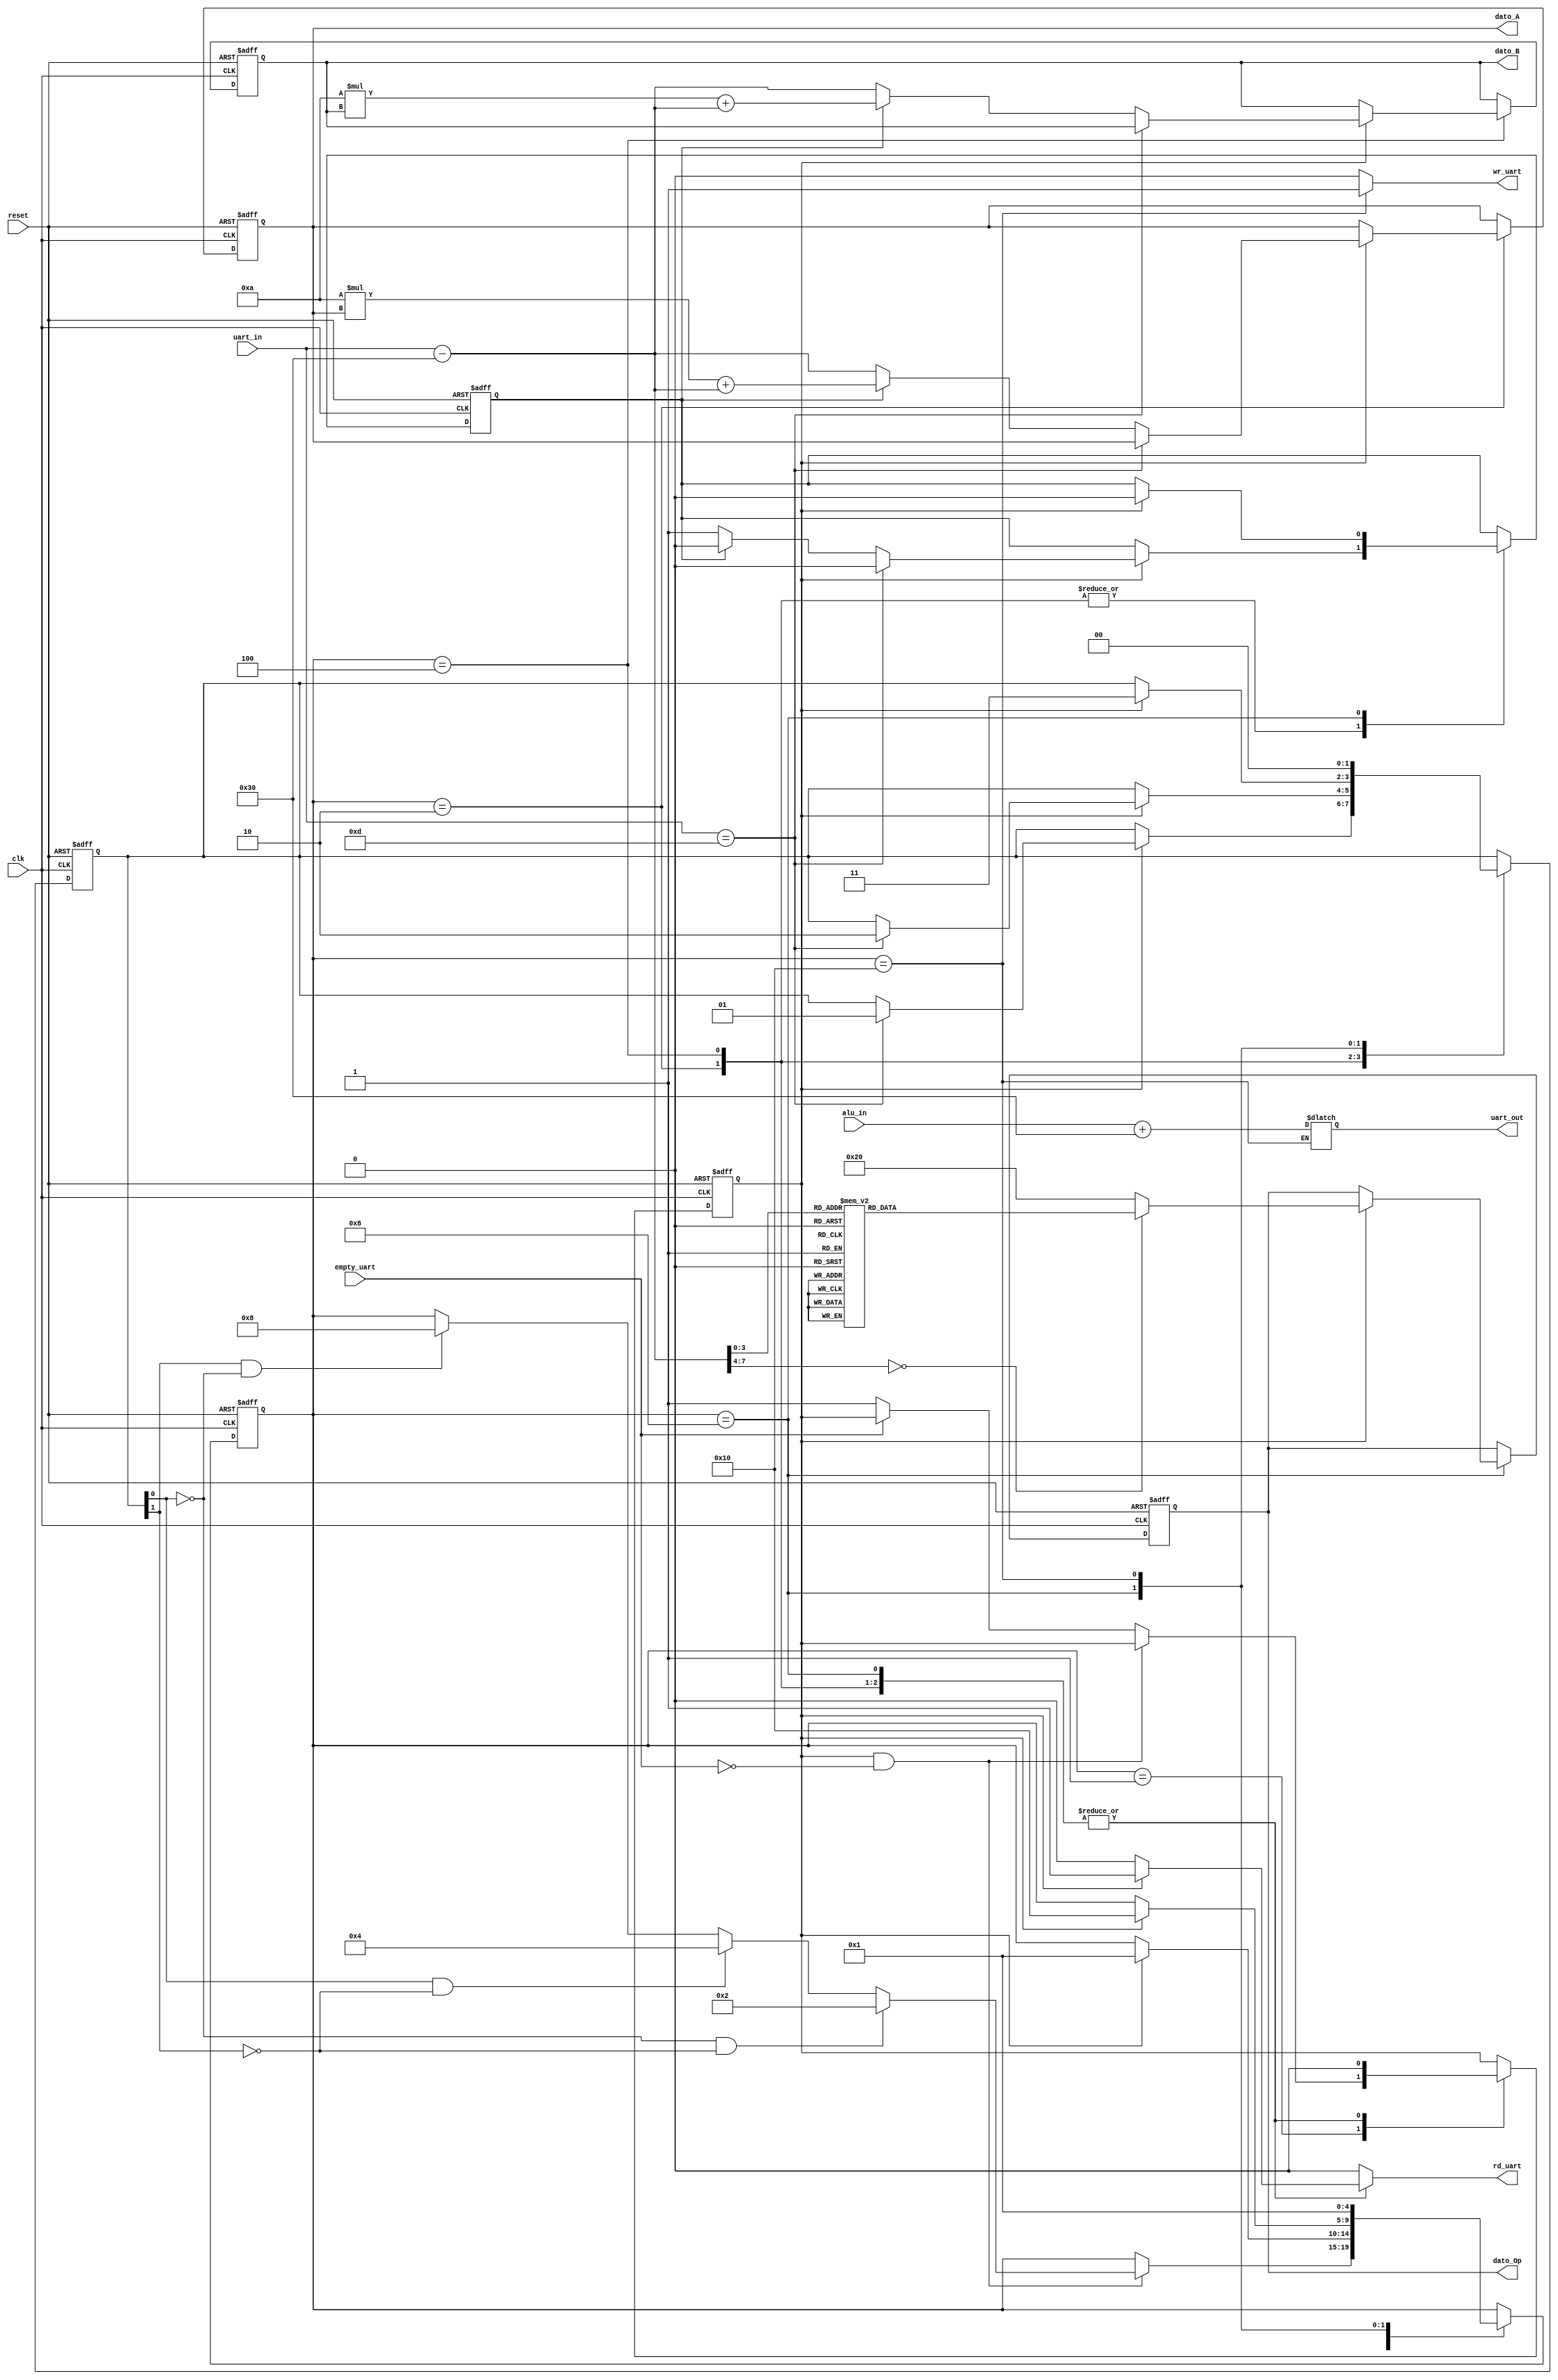
`timescale 1ns / 1ps
//////////////////////////////////////////////////////////////////////////////////
// Company: 
// Engineer: 
// 
// Design Name: 
// Module Name:    intf_v2 
// Project Name: 
// Target Devices: 
// Tool versions: 
// Description: 
//
// Dependencies: 
//
// Revision: 
// Revision 0.01 - File Created
// Additional Comments: 
//
//////////////////////////////////////////////////////////////////////////////////
module intf_v2
#(parameter N = 8) // N: numero de bits de datos
(clk, reset, dato_A, dato_B, dato_Op, empty_uart, uart_in, alu_in,
 uart_out, rd_uart, wr_uart);
	// Entradas intf
	//input wire [3:0] buff_in; // buffer de entrada vinculado a la FPGA y asociado a cada estado de carga de valores en manejador_ALU
	input wire empty_uart; // bandera empty de uart como entrada
	input wire [N-1:0] uart_in;
	input wire [N-1:0] alu_in;
	input wire clk, reset; // clk: clock de FPGA - reset: seal para resetear FSM
	//input wire s_tick_clk; // s_tick_clk: clock de baud rate gen.
	
	// Salidas intf
	output reg [N-1:0] dato_A, dato_B;
	output reg [5:0] dato_Op;
	output wire [N-1:0] uart_out;
	//output reg [N-1:0] alu_out;
	//output reg [2:0] pulsador; // pulsador que controlara p_abc de manejador_ALU segun estado de intf
	output reg rd_uart=0, wr_uart=0;
	 
	// Declaracion de estados
   localparam [4:0]
      idle = 5'b00001, // estado de espera para cambio de estado
		operando_a = 5'b00010,// estado para almacenar recepcion de UART en dato_A de manejador_ALU
      operando_b = 5'b00100,// estado para almacenar recepcion de UART en dato_B de manejador_ALU
      operacion  = 5'b01000,// estado para almacenar recepcion de UART en operacion de manejador_ALU
      resultado  = 5'b10000;// estado para avisar resultado a transmitir por UART

   // Declaracion de seales con inicializacion en cada una
   reg [4:0] state, state_next=idle;// estados de 4 bits
	reg [3:0] s_reg, s_next=0; //s_reg: Tick counter -> cuenta los ticks desde el inicio, maxima cuenta 15(4 bits)
	//reg [2:0] p_next = 0; // siguiente pulsador
	reg [N-1:0] dato_A_next=0, dato_B_next=0;
	reg [5:0] dato_Op_next = 6'b10000;
	reg enable, enable_next = 1'b1; // bit de habilitacion para cargar dato
	reg [1:0] turn, turn_next = 0; 	// turno de carga de estados
												// si turn = 00 -> se carga A
												// si turn = 01 -> se carga B
												// si turn = 10 -> se carga Op
	reg [N-1:0] reg_uart_out = 52;
	reg [N-1:0] entrada_op = 1;
	
	reg detector, detector_next = 0;
	reg [N-1:0] aux;
	reg [7:0] i, j;
	reg flag = 0;

   // Estados de la FSM
   always @(posedge clk, posedge reset)
      if (reset)
         begin
            state <= idle;
				s_reg <= 1'b0;
				turn  <= 2'b00;
				dato_A <= 0;
				dato_B <= 0;
				dato_Op <= 6'b10000;
				enable <= 1'b1;
				detector <= 1'b0;
				//wr_uart <= 0;
				//rd_uart <= 0;
         end
      else
         begin
            state <= state_next;
				s_reg <= s_next;
				turn <= turn_next;
				dato_A <= dato_A_next;
				dato_B <= dato_B_next;
				dato_Op <= dato_Op_next;
				enable <= enable_next;
				detector <= detector_next;
         end

   // Logica de siguiente estado
   always @*
   begin
		// default: por defecto se mantienen los valores anteriores
      state_next = state;
      s_next = s_reg;
		dato_A_next = dato_A;
		dato_B_next = dato_B;
		dato_Op_next = dato_Op;
		enable_next = enable;
		turn_next = turn;
		rd_uart = 1'b0; // recepcion no leida
		wr_uart = 1'b0; // no realizar transmision
		detector_next= detector;
      case (state)
         idle:
				begin
				s_next = 0; // tick counter inicia en cero
            if(enable && ~empty_uart)
					begin
						if(turn[0]==0 && turn[1]==0)
							state_next = operando_a; // estado sig -> carga de operando_a
					
						else if(turn[0] && turn[1]==0)
							state_next = operando_b; // estado sig -> carga de operando_b
						
						else if(turn[1] && ~turn[0])
							state_next = operacion; // estado sig -> carga de operacion
						
						
					end
					
					else begin
						if(~empty_uart)
							enable_next = 1'b1; // se habilita bit para cargar nuevo dato
							end
				end
         
			operando_a:
			begin
				if(enable)
				begin
					if(uart_in == 13) // si entrada es un enter
					begin
						detector_next = 1'b0;
						turn_next = 2'b01; // se cambia turno para carga de B en proxima subida de empty_uart
					end
					else begin
						if(detector) begin
							dato_A_next = (10* dato_A) + (uart_in -48);
							detector_next = 1'b0;
						end
						
						else begin
							dato_A_next = uart_in - 48;// -48
							detector_next = 1'b1;
						end
					end
					rd_uart = 1'b1; // aviso a uart de recepcion leida
					enable_next = 1'b0; // se deshabilita carga hasta que se vacie nuevamente fifo
					state_next = idle;// estado sig -> se vuelve a idle
            end
			end
				
         
			operando_b:
			begin
				if(enable)
				begin
					if(uart_in == 13) // si entrada es un enter
					begin
						detector_next = 1'b0;
						turn_next = 2'b10; // se cambia turno para carga de Op en proxima subida de empty_uart
					end
					else begin
						if(detector) begin
							dato_B_next = (10* dato_B) + (uart_in -48);
							detector_next = 1'b0;
						end
						
						else begin
							dato_B_next = uart_in - 48;// -48
							detector_next = 1'b1;
						end
					end
					rd_uart = 1'b1; // aviso a uart de recepcion leida
					enable_next = 1'b0; // se deshabilita carga hasta que se vacie nuevamente fifo
					state_next = idle;// estado sig -> se vuelve a idle
            end
			end
			
			operacion:
			begin
				if(enable)
				begin
					//dato_Op_next = uart_in[5:0] - 48; // -cte para obtener Op
					entrada_op = uart_in - 48; // -48
					case (entrada_op)
						1: dato_Op_next = 6'b100000; // op suma
						2: dato_Op_next = 6'b100010; // op resta
						3: dato_Op_next = 6'b100100; // op AND
						4: dato_Op_next = 6'b100101; // op OR
						5: dato_Op_next = 6'b100110; // op XOR
						6: dato_Op_next = 6'b000011; // op SRA
						7: dato_Op_next = 6'b000010; // op SRL
						8: dato_Op_next = 6'b100111; // op NOR
						default: dato_Op_next = 6'b100000; // op suma
					endcase
					
				detector_next = 1'b0; // se reinicia detector de decenas a unidades (0)
				turn_next = 2'b11; // se cambia turno para carga de A en proxima subida de empty_uart
				rd_uart = 1'b1; // aviso a uart de recepcion leida
				enable_next = 1'b0; // se deshabilita carga hasta que se vacie nuevamente fifo
				i = 0;
				j = 0;
				aux = alu_in;
				state_next = resultado;// estado sig -> resultado para enviar resultado por uart
				end
			end
			
			resultado:
			begin
					/*if(aux >= 100)
					begin
						aux = aux - 100;
						i = i + 1;
					end
					
					if(aux >= 10)
					begin
						aux = aux - 10;
						j = j + 1;
					end
					
					if(aux < 10)
						flag = 1'b1;
					
				if(flag)
					begin*/
						/*if(i > 0) begin
							reg_uart_out = i + 48;
							wr_uart = 1'b1; // realizar transmision tx uart
							i = 0;
						end
					
						else if(j > 0)
						begin
							reg_uart_out = j + 48;
							wr_uart = 1'b1; // realizar transmision tx uart
							j = 0;
						end

						else begin*/
							//reg_uart_out = aux + 48;
							reg_uart_out = alu_in + 48;
							wr_uart = 1'b1; // realizar transmision tx uart
							//rd_uart = 1'b1; // aviso a uart de recepcion leida
							turn_next = 2'b00; // se cambia turno para carga de A en proxima subida de empty_uart
							state_next = idle;// estado sig -> se vuelve a idle
						//end
					
					//end
			end
			
		endcase
   end
   
	// Logica de Salida
   //assign uart_out = alu_in + 48; // Se suma 48 ya uart transmite en ASCII
	assign uart_out = reg_uart_out; // Se suma 48 ya uart transmite en ASCII
	//assign alu_out = uart_in - 48; // Se resta 48 ya uart recibe todo es en ASCII


endmodule